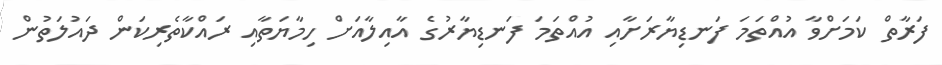
ފަރާތް ކަމަށްވާ އުއްތަމަ ފަނޑިޔާރަށާއި އުއްތަމަ ފަނޑިޔާރުގެ އާއިލާއަށް ހިމާޔަތާއި ރައްކާތެރިކަން ދައުލަތުން